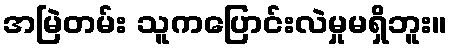
အမြဲတမ်း သူကပြောင်းလဲမှုမရှိဘူး။